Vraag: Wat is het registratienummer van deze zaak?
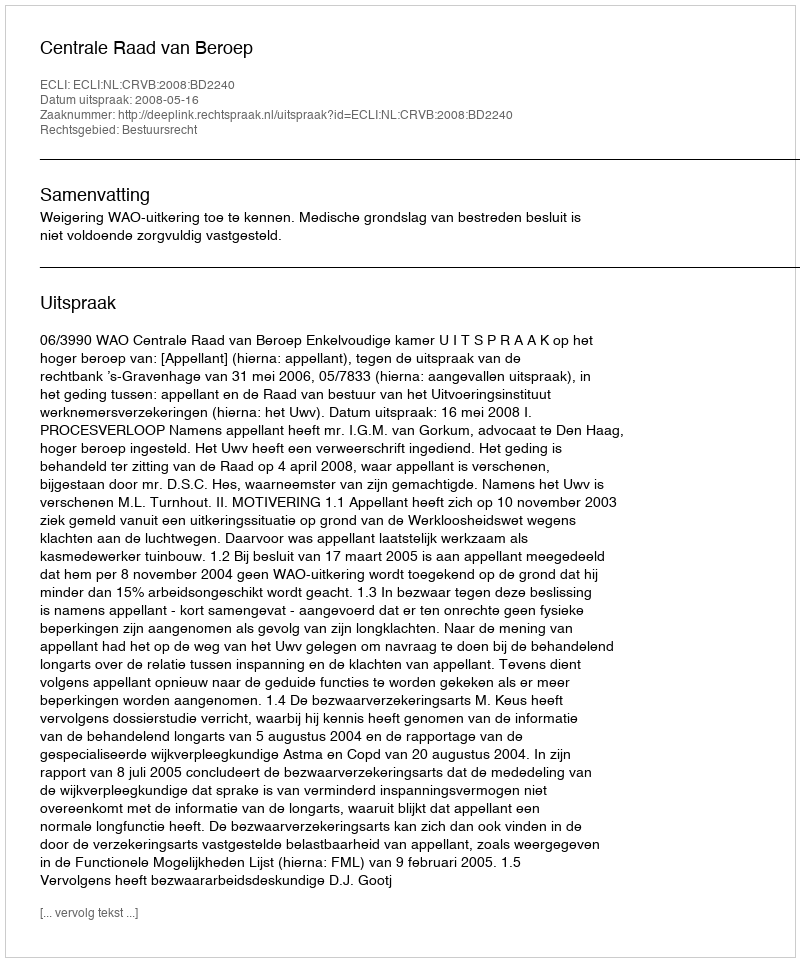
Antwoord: http://deeplink.rechtspraak.nl/uitspraak?id=ECLI:NL:CRVB:2008:BD2240